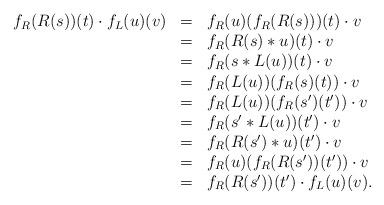
LaTeX: \begin{align*}\begin{array}{lll}f_R(R(s))(t)\cdot f_L(u)(v)&=&f_R(u)(f_R(R(s)))(t)\cdot v\\&=&f_R(R(s)*u)(t)\cdot v\\&=&f_R(s*L(u))(t)\cdot v\\&=&f_R(L(u))(f_R(s)(t))\cdot v\\&=&f_R(L(u))(f_R(s')(t'))\cdot v\\&=&f_R(s'*L(u))(t')\cdot v\\&=&f_R(R(s')*u)(t')\cdot v\\&=&f_R(u)(f_R(R(s'))(t'))\cdot v\\&=&f_R(R(s'))(t')\cdot f_L(u)(v).\end{array}\end{align*}